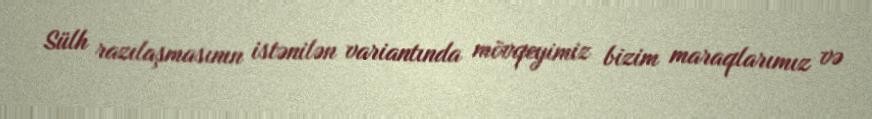
Sülh razılaşmasının istənilən variantında mövqeyimiz bizim maraqlarımız və